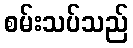
စမ်းသပ်သည်